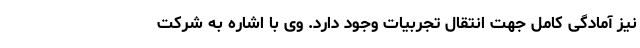
نیز آمادگی کامل جهت انتقال تجربیات وجود دارد. وی با اشاره به شرکت